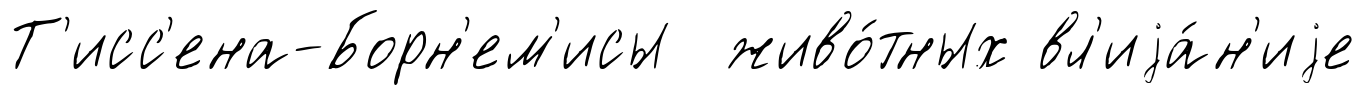
Т'исс'ена-Борн'ем'исы живо́тных вл'иjа́н'иjе